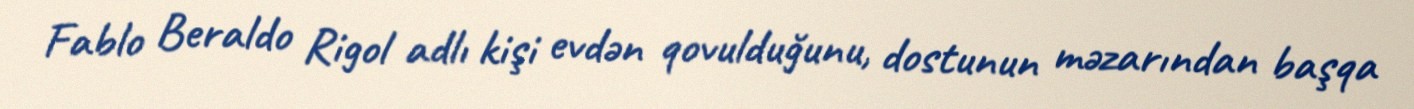
Fablo Beraldo Rigol adlı kişi evdən qovulduğunu, dostunun məzarından başqa